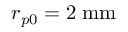
r _ { p 0 } = 2 \; \mathrm { m m }